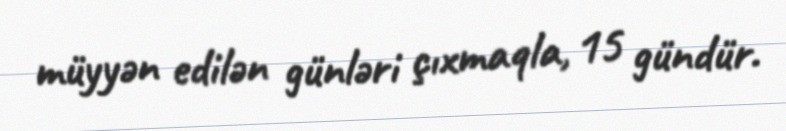
müyyən edilən günləri çıxmaqla, 15 gündür.